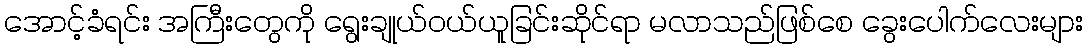
အောင့်ခံရင်း အကြီးတွေကို ရွေးချုယ်ဝယ်ယူခြင်းဆိုင်ရာ မလာသည်ဖြစ်စေ ခွေးပေါက်လေးများ